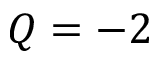
Q = - 2